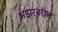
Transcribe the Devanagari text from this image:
अझरवरील